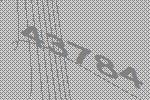
43784